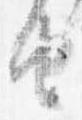
由